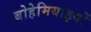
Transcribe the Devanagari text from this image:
बोहेमियाइयों